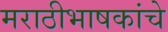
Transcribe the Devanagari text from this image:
मराठीभाषकांचे